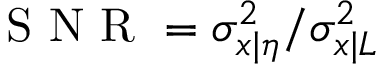
\mathrm { ~ S ~ N ~ R ~ } = \sigma _ { x | \eta } ^ { 2 } / \sigma _ { x | L } ^ { 2 }